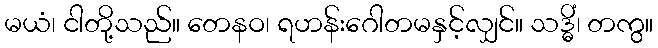
မယံ၊ ငါတို့သည်။ တေနဝ၊ ရဟန်းဂေါတမနှင့်လျှင်။ သဒ္ဓိံ၊ တကွ။